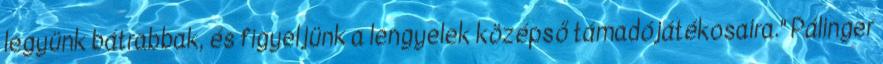
legyünk bátrabbak, és figyeljünk a lengyelek középső támadójátékosaira." Pálinger